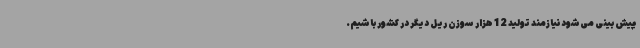
پیش بینی می‌شود نیازمند تولید 12 هزار سوزن ریل دیگر در کشور باشیم.